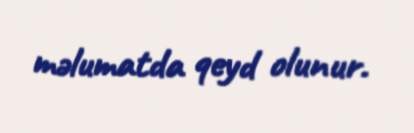
məlumatda qeyd olunur.